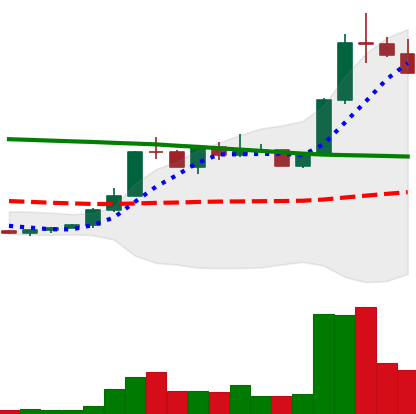
Ticker: ETC-USD
Chart end date: 2022-07-31
Forward return: 4.952%
Label: up_3_5